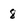
Character: 8